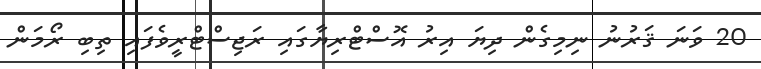
20 ވަނަ ޤަރުނު ނިމިގެން ދިޔަ އިރު އޮސްޓްރިޔާގައި ރަޖިސްޓްރީވެފައި ތިބި ރޯމަން